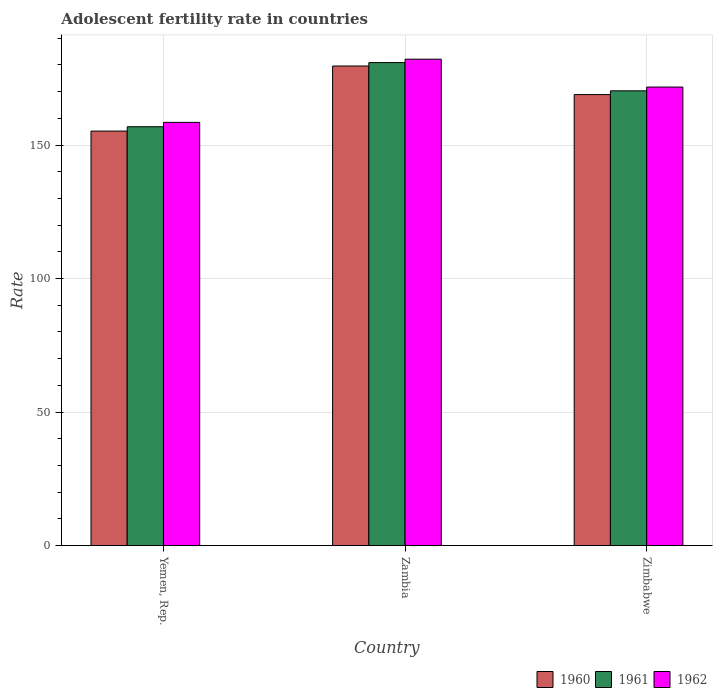
| Country | 1960 | 1961 | 1962 |
 | --- | --- | --- | --- |
 | Yemen, Rep. | 155 | 157 | 158 |
 | Zambia | 180 | 181 | 182 |
 | Zimbabwe | 169 | 170 | 172 |